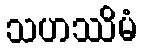
သဟဿိမံ